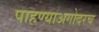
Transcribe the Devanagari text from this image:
पाहण्याअगोदरच